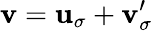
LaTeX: {\mathbf v}={\mathbf u}_{\sigma}+{\mathbf v}_{\sigma}^{\prime}